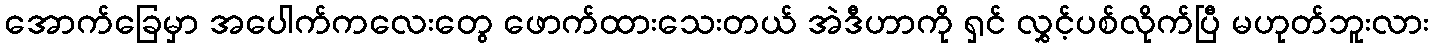
အောက်ခြေမှာ အပေါက်ကလေးတွေ ဖောက်ထားသေးတယ် အဲဒီဟာကို ရှင် လွှင့်ပစ်လိုက်ပြီ မဟုတ်ဘူးလား